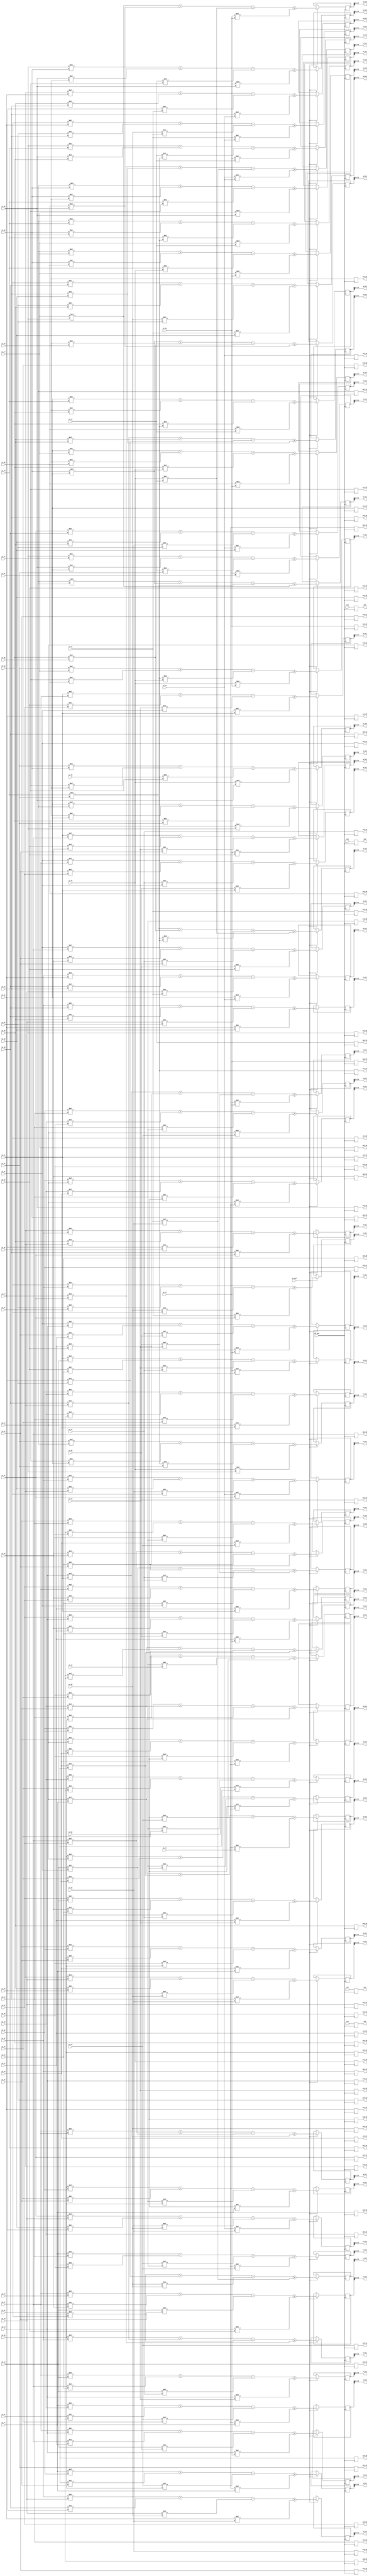
/*
 * MUL2
 * O1 = I1(4x4)^2, O2 = I2^2, O3 = I3^2, O4 = I4^2
 */

module ONE_UNIT_MUL2 (
    input clk_mul,
    input en_mul,

    input signed [25:0] zi1, zi2, zi3, zi4,

    input signed [25:0] i1_11, i1_12, i1_13, i1_14,
    input signed [25:0] i1_21, i1_22, i1_23, i1_24,
    input signed [25:0] i1_31, i1_32, i1_33, i1_34,
    input signed [25:0] i1_41, i1_42, i1_43, i1_44,

    input signed [25:0] i2_11, i2_12, i2_13, i2_14,
    input signed [25:0] i2_21, i2_22, i2_23, i2_24,
    input signed [25:0] i2_31, i2_32, i2_33, i2_34,
    input signed [25:0] i2_41, i2_42, i2_43, i2_44,

    input signed [25:0] i3_11, i3_12, i3_13, i3_14,
    input signed [25:0] i3_21, i3_22, i3_23, i3_24,
    input signed [25:0] i3_31, i3_32, i3_33, i3_34,
    input signed [25:0] i3_41, i3_42, i3_43, i3_44,

    input signed [25:0] i4_11, i4_12, i4_13, i4_14,
    input signed [25:0] i4_21, i4_22, i4_23, i4_24,
    input signed [25:0] i4_31, i4_32, i4_33, i4_34,
    input signed [25:0] i4_41, i4_42, i4_43, i4_44,

    output reg signed [25:0] zo1, zo2, zo3, zo4,

    output reg signed [25:0] zw1_11, zw1_12, zw1_13, zw1_14,
    output reg signed [25:0] zw1_21, zw1_22, zw1_23, zw1_24,
    output reg signed [25:0] zw1_31, zw1_32, zw1_33, zw1_34,
    output reg signed [25:0] zw1_41, zw1_42, zw1_43, zw1_44,

    output reg signed [25:0] zw2_11, zw2_12, zw2_13, zw2_14,
    output reg signed [25:0] zw2_21, zw2_22, zw2_23, zw2_24,
    output reg signed [25:0] zw2_31, zw2_32, zw2_33, zw2_34,
    output reg signed [25:0] zw2_41, zw2_42, zw2_43, zw2_44,

    output reg signed [25:0] zw3_11, zw3_12, zw3_13, zw3_14,
    output reg signed [25:0] zw3_21, zw3_22, zw3_23, zw3_24,
    output reg signed [25:0] zw3_31, zw3_32, zw3_33, zw3_34,
    output reg signed [25:0] zw3_41, zw3_42, zw3_43, zw3_44,

    output reg signed [25:0] zw4_11, zw4_12, zw4_13, zw4_14,
    output reg signed [25:0] zw4_21, zw4_22, zw4_23, zw4_24,
    output reg signed [25:0] zw4_31, zw4_32, zw4_33, zw4_34,
    output reg signed [25:0] zw4_41, zw4_42, zw4_43, zw4_44,

    output signed [25:0] o1_11, o1_12, o1_13, o1_14,
    output signed [25:0] o1_21, o1_22, o1_23, o1_24,
    output signed [25:0] o1_31, o1_32, o1_33, o1_34,
    output signed [25:0] o1_41, o1_42, o1_43, o1_44,

    output signed [25:0] o2_11, o2_12, o2_13, o2_14,
    output signed [25:0] o2_21, o2_22, o2_23, o2_24,
    output signed [25:0] o2_31, o2_32, o2_33, o2_34,
    output signed [25:0] o2_41, o2_42, o2_43, o2_44,

    output signed [25:0] o3_11, o3_12, o3_13, o3_14,
    output signed [25:0] o3_21, o3_22, o3_23, o3_24,
    output signed [25:0] o3_31, o3_32, o3_33, o3_34,
    output signed [25:0] o3_41, o3_42, o3_43, o3_44,

    output signed [25:0] o4_11, o4_12, o4_13, o4_14,
    output signed [25:0] o4_21, o4_22, o4_23, o4_24,
    output signed [25:0] o4_31, o4_32, o4_33, o4_34,
    output signed [25:0] o4_41, o4_42, o4_43, o4_44
);

reg signed [51:0] o1_11_reg, o1_12_reg, o1_13_reg, o1_14_reg;
reg signed [51:0] o1_21_reg, o1_22_reg, o1_23_reg, o1_24_reg;
reg signed [51:0] o1_31_reg, o1_32_reg, o1_33_reg, o1_34_reg;
reg signed [51:0] o1_41_reg, o1_42_reg, o1_43_reg, o1_44_reg;

reg signed [51:0] o2_11_reg, o2_12_reg, o2_13_reg, o2_14_reg;
reg signed [51:0] o2_21_reg, o2_22_reg, o2_23_reg, o2_24_reg;
reg signed [51:0] o2_31_reg, o2_32_reg, o2_33_reg, o2_34_reg;
reg signed [51:0] o2_41_reg, o2_42_reg, o2_43_reg, o2_44_reg;

reg signed [51:0] o3_11_reg, o3_12_reg, o3_13_reg, o3_14_reg;
reg signed [51:0] o3_21_reg, o3_22_reg, o3_23_reg, o3_24_reg;
reg signed [51:0] o3_31_reg, o3_32_reg, o3_33_reg, o3_34_reg;
reg signed [51:0] o3_41_reg, o3_42_reg, o3_43_reg, o3_44_reg;

reg signed [51:0] o4_11_reg, o4_12_reg, o4_13_reg, o4_14_reg;
reg signed [51:0] o4_21_reg, o4_22_reg, o4_23_reg, o4_24_reg;
reg signed [51:0] o4_31_reg, o4_32_reg, o4_33_reg, o4_34_reg;
reg signed [51:0] o4_41_reg, o4_42_reg, o4_43_reg, o4_44_reg;


assign o1_11 = o1_11_reg[38:13];
assign o1_12 = o1_12_reg[38:13];
assign o1_13 = o1_13_reg[38:13];
assign o1_14 = o1_14_reg[38:13];
assign o1_21 = o1_21_reg[38:13];
assign o1_22 = o1_22_reg[38:13];
assign o1_23 = o1_23_reg[38:13];
assign o1_24 = o1_24_reg[38:13];
assign o1_31 = o1_31_reg[38:13];
assign o1_32 = o1_32_reg[38:13];
assign o1_33 = o1_33_reg[38:13];
assign o1_34 = o1_34_reg[38:13];
assign o1_41 = o1_41_reg[38:13];
assign o1_42 = o1_42_reg[38:13];
assign o1_43 = o1_43_reg[38:13];
assign o1_44 = o1_44_reg[38:13];

assign o2_11 = o2_11_reg[38:13];
assign o2_12 = o2_12_reg[38:13];
assign o2_13 = o2_13_reg[38:13];
assign o2_14 = o2_14_reg[38:13];
assign o2_21 = o2_21_reg[38:13];
assign o2_22 = o2_22_reg[38:13];
assign o2_23 = o2_23_reg[38:13];
assign o2_24 = o2_24_reg[38:13];
assign o2_31 = o2_31_reg[38:13];
assign o2_32 = o2_32_reg[38:13];
assign o2_33 = o2_33_reg[38:13];
assign o2_34 = o2_34_reg[38:13];
assign o2_41 = o2_41_reg[38:13];
assign o2_42 = o2_42_reg[38:13];
assign o2_43 = o2_43_reg[38:13];
assign o2_44 = o2_44_reg[38:13];

assign o3_11 = o3_11_reg[38:13];
assign o3_12 = o3_12_reg[38:13];
assign o3_13 = o3_13_reg[38:13];
assign o3_14 = o3_14_reg[38:13];
assign o3_21 = o3_21_reg[38:13];
assign o3_22 = o3_22_reg[38:13];
assign o3_23 = o3_23_reg[38:13];
assign o3_24 = o3_24_reg[38:13];
assign o3_31 = o3_31_reg[38:13];
assign o3_32 = o3_32_reg[38:13];
assign o3_33 = o3_33_reg[38:13];
assign o3_34 = o3_34_reg[38:13];
assign o3_41 = o3_41_reg[38:13];
assign o3_42 = o3_42_reg[38:13];
assign o3_43 = o3_43_reg[38:13];
assign o3_44 = o3_44_reg[38:13];

assign o4_11 = o4_11_reg[38:13];
assign o4_12 = o4_12_reg[38:13];
assign o4_13 = o4_13_reg[38:13];
assign o4_14 = o4_14_reg[38:13];
assign o4_21 = o4_21_reg[38:13];
assign o4_22 = o4_22_reg[38:13];
assign o4_23 = o4_23_reg[38:13];
assign o4_24 = o4_24_reg[38:13];
assign o4_31 = o4_31_reg[38:13];
assign o4_32 = o4_32_reg[38:13];
assign o4_33 = o4_33_reg[38:13];
assign o4_34 = o4_34_reg[38:13];
assign o4_41 = o4_41_reg[38:13];
assign o4_42 = o4_42_reg[38:13];
assign o4_43 = o4_43_reg[38:13];
assign o4_44 = o4_44_reg[38:13];

always @(posedge clk_mul)
begin
    zo1 <= zi1;
    zo2 <= zi2;
    zo3 <= zi3;
    zo4 <= zi4;
    zw1_11 <= i1_11; zw1_12 <= i1_12; zw1_13 <= i1_13; zw1_14 <= i1_14;
    zw1_21 <= i1_21; zw1_22 <= i1_22; zw1_23 <= i1_23; zw1_24 <= i1_24;
    zw1_31 <= i1_31; zw1_32 <= i1_32; zw1_33 <= i1_33; zw1_34 <= i1_34;
    zw1_41 <= i1_41; zw1_42 <= i1_42; zw1_43 <= i1_43; zw1_44 <= i1_44;
        
    zw2_11 <= i2_11; zw2_12 <= i2_12; zw2_13 <= i2_13; zw2_14 <= i2_14;
    zw2_21 <= i2_21; zw2_22 <= i2_22; zw2_23 <= i2_23; zw2_24 <= i2_24;
    zw2_31 <= i2_31; zw2_32 <= i2_32; zw2_33 <= i2_33; zw2_34 <= i2_34;
    zw2_41 <= i2_41; zw2_42 <= i2_42; zw2_43 <= i2_43; zw2_44 <= i2_44;
     
    zw3_11 <= i3_11; zw3_12 <= i3_12; zw3_13 <= i3_13; zw3_14 <= i3_14;
    zw3_21 <= i3_21; zw3_22 <= i3_22; zw3_23 <= i3_23; zw3_24 <= i3_24;
    zw3_31 <= i3_31; zw3_32 <= i3_32; zw3_33 <= i3_33; zw3_34 <= i3_34;
    zw3_41 <= i3_41; zw3_42 <= i3_42; zw3_43 <= i3_43; zw3_44 <= i3_44;
     
    zw4_11 <= i4_11; zw4_12 <= i4_12; zw4_13 <= i4_13; zw4_14 <= i4_14;
    zw4_21 <= i4_21; zw4_22 <= i4_22; zw4_23 <= i4_23; zw4_24 <= i4_24;
    zw4_31 <= i4_31; zw4_32 <= i4_32; zw4_33 <= i4_33; zw4_34 <= i4_34;
    zw4_41 <= i4_41; zw4_42 <= i4_42; zw4_43 <= i4_43; zw4_44 <= i4_44;

    if (en_mul) begin
        // (zTw)^2
        o1_11_reg <= i1_11 * i1_11 + i1_12 * i1_21 + i1_13 * i1_31 + i1_14 * i1_41;
        o1_12_reg <= i1_11 * i1_12 + i1_12 * i1_22 + i1_13 * i1_32 + i1_14 * i1_42;
        o1_13_reg <= i1_11 * i1_13 + i1_12 * i1_23 + i1_13 * i1_33 + i1_14 * i1_43;
        o1_14_reg <= i1_11 * i1_14 + i1_12 * i1_24 + i1_13 * i1_34 + i1_14 * i1_44;
        o1_21_reg <= i1_21 * i1_11 + i1_22 * i1_21 + i1_23 * i1_31 + i1_24 * i1_41;
        o1_22_reg <= i1_21 * i1_12 + i1_22 * i1_22 + i1_23 * i1_32 + i1_24 * i1_42;
        o1_23_reg <= i1_21 * i1_13 + i1_22 * i1_23 + i1_23 * i1_33 + i1_24 * i1_43;
        o1_24_reg <= i1_21 * i1_14 + i1_22 * i1_24 + i1_23 * i1_34 + i1_24 * i1_44;
        o1_31_reg <= i1_31 * i1_11 + i1_32 * i1_21 + i1_33 * i1_31 + i1_34 * i1_41;
        o1_32_reg <= i1_31 * i1_12 + i1_32 * i1_22 + i1_33 * i1_32 + i1_34 * i1_42;
        o1_33_reg <= i1_31 * i1_13 + i1_32 * i1_23 + i1_33 * i1_33 + i1_34 * i1_43;
        o1_34_reg <= i1_31 * i1_14 + i1_32 * i1_24 + i1_33 * i1_34 + i1_34 * i1_44;
        o1_41_reg <= i1_41 * i1_11 + i1_42 * i1_21 + i1_43 * i1_31 + i1_44 * i1_41;
        o1_42_reg <= i1_41 * i1_12 + i1_42 * i1_22 + i1_43 * i1_32 + i1_44 * i1_42;
        o1_43_reg <= i1_41 * i1_13 + i1_42 * i1_23 + i1_43 * i1_33 + i1_44 * i1_43;
        o1_44_reg <= i1_41 * i1_14 + i1_42 * i1_24 + i1_43 * i1_34 + i1_44 * i1_44;

        o2_11_reg <= i2_11 * i2_11 + i2_12 * i2_21 + i2_13 * i2_31 + i2_14 * i2_41;
        o2_12_reg <= i2_11 * i2_12 + i2_12 * i2_22 + i2_13 * i2_32 + i2_14 * i2_42;
        o2_13_reg <= i2_11 * i2_13 + i2_12 * i2_23 + i2_13 * i2_33 + i2_14 * i2_43;
        o2_14_reg <= i2_11 * i2_14 + i2_12 * i2_24 + i2_13 * i2_34 + i2_14 * i2_44;
        o2_21_reg <= i2_21 * i2_11 + i2_22 * i2_21 + i2_23 * i2_31 + i2_24 * i2_41;
        o2_22_reg <= i2_21 * i2_12 + i2_22 * i2_22 + i2_23 * i2_32 + i2_24 * i2_42;
        o2_23_reg <= i2_21 * i2_13 + i2_22 * i2_23 + i2_23 * i2_33 + i2_24 * i2_43;
        o2_24_reg <= i2_21 * i2_14 + i2_22 * i2_24 + i2_23 * i2_34 + i2_24 * i2_44;
        o2_31_reg <= i2_31 * i2_11 + i2_32 * i2_21 + i2_33 * i2_31 + i2_34 * i2_41;
        o2_32_reg <= i2_31 * i2_12 + i2_32 * i2_22 + i2_33 * i2_32 + i2_34 * i2_42;
        o2_33_reg <= i2_31 * i2_13 + i2_32 * i2_23 + i2_33 * i2_33 + i2_34 * i2_43;
        o2_34_reg <= i2_31 * i2_14 + i2_32 * i2_24 + i2_33 * i2_34 + i2_34 * i2_44;
        o2_41_reg <= i2_41 * i2_11 + i2_42 * i2_21 + i2_43 * i2_31 + i2_44 * i2_41;
        o2_42_reg <= i2_41 * i2_12 + i2_42 * i2_22 + i2_43 * i2_32 + i2_44 * i2_42;
        o2_43_reg <= i2_41 * i2_13 + i2_42 * i2_23 + i2_43 * i2_33 + i2_44 * i2_43;
        o2_44_reg <= i2_41 * i2_14 + i2_42 * i2_24 + i2_43 * i2_34 + i2_44 * i2_44;

        o3_11_reg <= i3_11 * i3_11 + i3_12 * i3_21 + i3_13 * i3_31 + i3_14 * i3_41;
        o3_12_reg <= i3_11 * i3_12 + i3_12 * i3_22 + i3_13 * i3_32 + i3_14 * i3_42;
        o3_13_reg <= i3_11 * i3_13 + i3_12 * i3_23 + i3_13 * i3_33 + i3_14 * i3_43;
        o3_14_reg <= i3_11 * i3_14 + i3_12 * i3_24 + i3_13 * i3_34 + i3_14 * i3_44;
        o3_21_reg <= i3_21 * i3_11 + i3_22 * i3_21 + i3_23 * i3_31 + i3_24 * i3_41;
        o3_22_reg <= i3_21 * i3_12 + i3_22 * i3_22 + i3_23 * i3_32 + i3_24 * i3_42;
        o3_23_reg <= i3_21 * i3_13 + i3_22 * i3_23 + i3_23 * i3_33 + i3_24 * i3_43;
        o3_24_reg <= i3_21 * i3_14 + i3_22 * i3_24 + i3_23 * i3_34 + i3_24 * i3_44;
        o3_31_reg <= i3_31 * i3_11 + i3_32 * i3_21 + i3_33 * i3_31 + i3_34 * i3_41;
        o3_32_reg <= i3_31 * i3_12 + i3_32 * i3_22 + i3_33 * i3_32 + i3_34 * i3_42;
        o3_33_reg <= i3_31 * i3_13 + i3_32 * i3_23 + i3_33 * i3_33 + i3_34 * i3_43;
        o3_34_reg <= i3_31 * i3_14 + i3_32 * i3_24 + i3_33 * i3_34 + i3_34 * i3_44;
        o3_41_reg <= i3_41 * i3_11 + i3_42 * i3_21 + i3_43 * i3_31 + i3_44 * i3_41;
        o3_42_reg <= i3_41 * i3_12 + i3_42 * i3_22 + i3_43 * i3_32 + i3_44 * i3_42;
        o3_43_reg <= i3_41 * i3_13 + i3_42 * i3_23 + i3_43 * i3_33 + i3_44 * i3_43;
        o3_44_reg <= i3_41 * i3_14 + i3_42 * i3_24 + i3_43 * i3_34 + i3_44 * i3_44;

        o4_11_reg <= i4_11 * i4_11 + i4_12 * i4_21 + i4_13 * i4_31 + i4_14 * i4_41;
        o4_12_reg <= i4_11 * i4_12 + i4_12 * i4_22 + i4_13 * i4_32 + i4_14 * i4_42;
        o4_13_reg <= i4_11 * i4_13 + i4_12 * i4_23 + i4_13 * i4_33 + i4_14 * i4_43;
        o4_14_reg <= i4_11 * i4_14 + i4_12 * i4_24 + i4_13 * i4_34 + i4_14 * i4_44;
        o4_21_reg <= i4_21 * i4_11 + i4_22 * i4_21 + i4_23 * i4_31 + i4_24 * i4_41;
        o4_22_reg <= i4_21 * i4_12 + i4_22 * i4_22 + i4_23 * i4_32 + i4_24 * i4_42;
        o4_23_reg <= i4_21 * i4_13 + i4_22 * i4_23 + i4_23 * i4_33 + i4_24 * i4_43;
        o4_24_reg <= i4_21 * i4_14 + i4_22 * i4_24 + i4_23 * i4_34 + i4_24 * i4_44;
        o4_31_reg <= i4_31 * i4_11 + i4_32 * i4_21 + i4_33 * i4_31 + i4_34 * i4_41;
        o4_32_reg <= i4_31 * i4_12 + i4_32 * i4_22 + i4_33 * i4_32 + i4_34 * i4_42;
        o4_33_reg <= i4_31 * i4_13 + i4_32 * i4_23 + i4_33 * i4_33 + i4_34 * i4_43;
        o4_34_reg <= i4_31 * i4_14 + i4_32 * i4_24 + i4_33 * i4_34 + i4_34 * i4_44;
        o4_41_reg <= i4_41 * i4_11 + i4_42 * i4_21 + i4_43 * i4_31 + i4_44 * i4_41;
        o4_42_reg <= i4_41 * i4_12 + i4_42 * i4_22 + i4_43 * i4_32 + i4_44 * i4_42;
        o4_43_reg <= i4_41 * i4_13 + i4_42 * i4_23 + i4_43 * i4_33 + i4_44 * i4_43;
        o4_44_reg <= i4_41 * i4_14 + i4_42 * i4_24 + i4_43 * i4_34 + i4_44 * i4_44;
    end else begin 
        // o1_11_reg <= i1_11; o1_12_reg <= i1_12; o1_13_reg <= i1_13; o1_14_reg <= i1_14;
        // o1_21_reg <= i1_21; o1_22_reg <= i1_22; o1_23_reg <= i1_23; o1_24_reg <= i1_24;
        // o1_31_reg <= i1_31; o1_32_reg <= i1_32; o1_33_reg <= i1_33; o1_34_reg <= i1_34;
        // o1_41_reg <= i1_41; o1_42_reg <= i1_42; o1_43_reg <= i1_43; o1_44_reg <= i1_44;
        
        // o2_11_reg <= i2_11; o2_12_reg <= i2_12; o2_13_reg <= i2_13; o2_14_reg <= i2_14;
        // o2_21_reg <= i2_21; o2_22_reg <= i2_22; o2_23_reg <= i2_23; o2_24_reg <= i2_24;
        // o2_31_reg <= i2_31; o2_32_reg <= i2_32; o2_33_reg <= i2_33; o2_34_reg <= i2_34;
        // o2_41_reg <= i2_41; o2_42_reg <= i2_42; o2_43_reg <= i2_43; o2_44_reg <= i2_44;
        
        // o3_11_reg <= i3_11; o3_12_reg <= i3_12; o3_13_reg <= i3_13; o3_14_reg <= i3_14;
        // o3_21_reg <= i3_21; o3_22_reg <= i3_22; o3_23_reg <= i3_23; o3_24_reg <= i3_24;
        // o3_31_reg <= i3_31; o3_32_reg <= i3_32; o3_33_reg <= i3_33; o3_34_reg <= i3_34;
        // o3_41_reg <= i3_41; o3_42_reg <= i3_42; o3_43_reg <= i3_43; o3_44_reg <= i3_44;

        // o4_11_reg <= i4_11; o4_12_reg <= i4_12; o4_13_reg <= i4_13; o4_14_reg <= i4_14;
        // o4_21_reg <= i4_21; o4_22_reg <= i4_22; o4_23_reg <= i4_23; o4_24_reg <= i4_24;
        // o4_31_reg <= i4_31; o4_32_reg <= i4_32; o4_33_reg <= i4_33; o4_34_reg <= i4_34;
        // o4_41_reg <= i4_41; o4_42_reg <= i4_42; o4_43_reg <= i4_43; o4_44_reg <= i4_44;
    end
end
    
endmodule